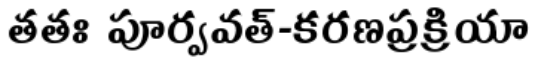
తతః పూర్వవత్-కరణప్రక్రియా